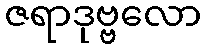
ဇရာဒုဗ္ဗလော